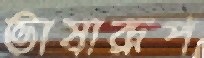
ভাষারূপ